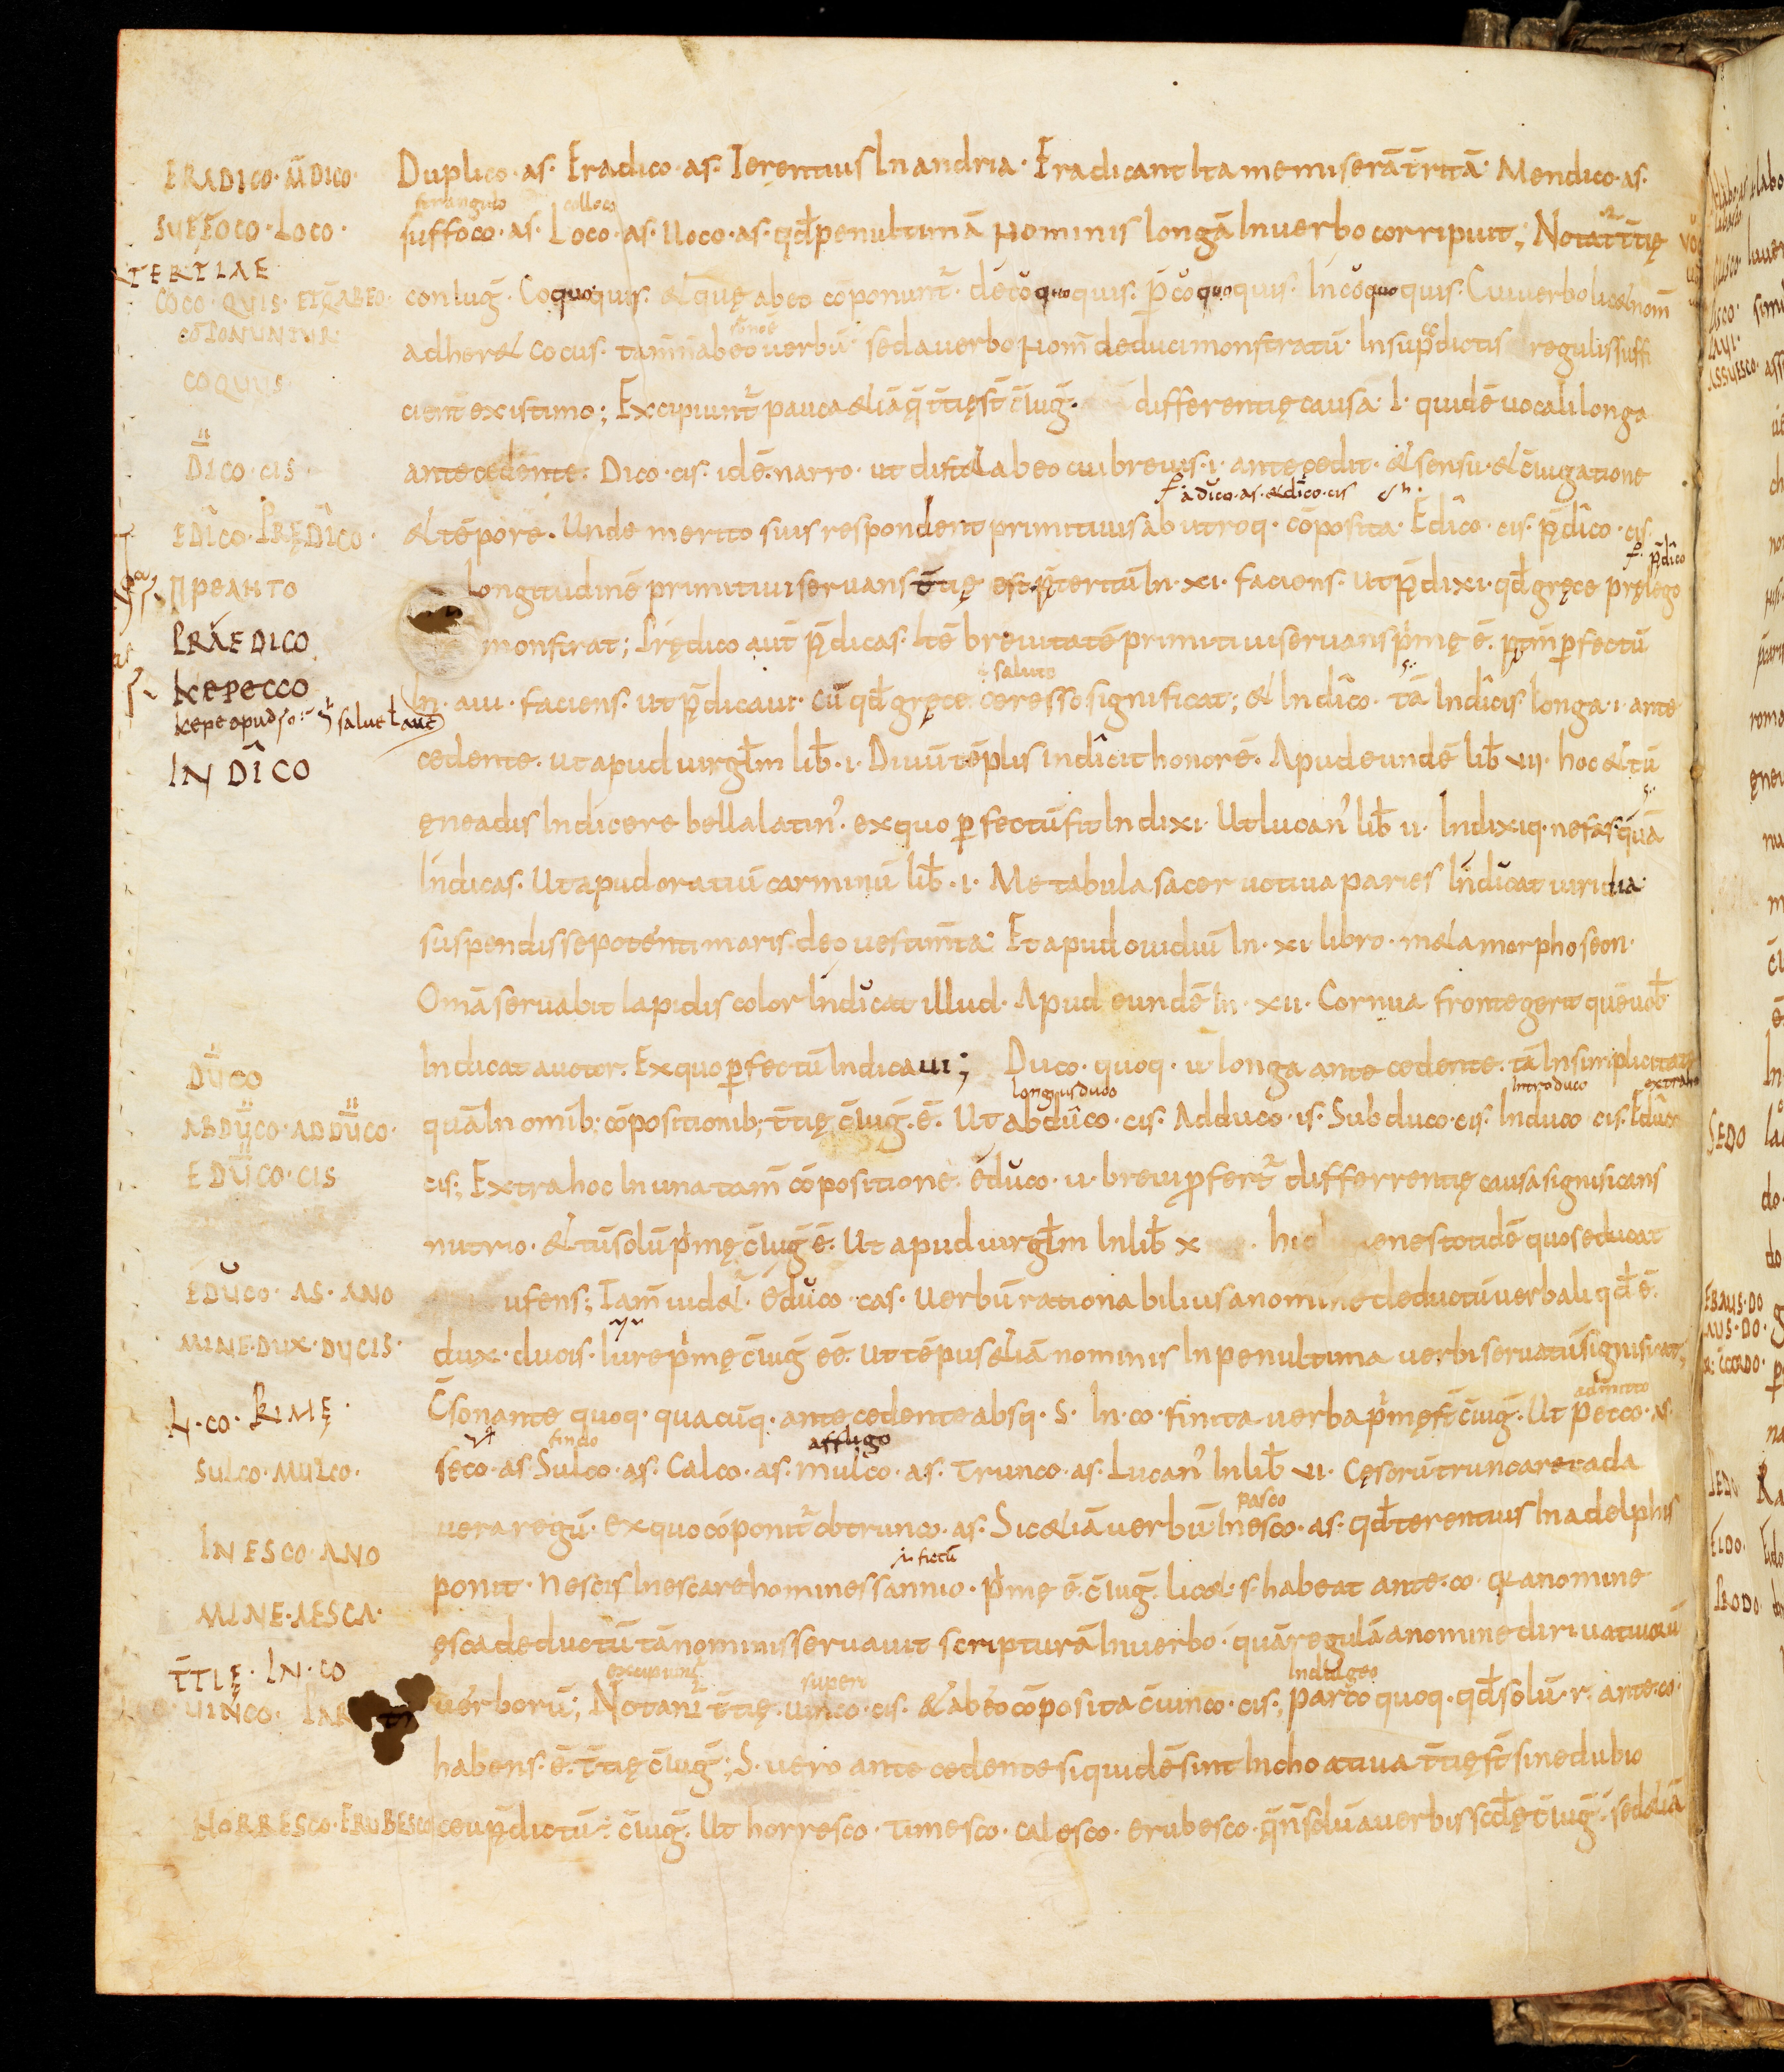
Shelfmark: Bamberg, Staatsbibliothek, MS Class. 30
Century: 9